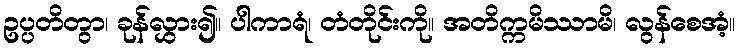
ဥပ္ပတိတွာ၊ ခုန်လွှား၍။ ပါကာရံ၊ တံတိုင်းကို။ အတိက္ကမိဿာမိ၊ လွန်စေအံ့။